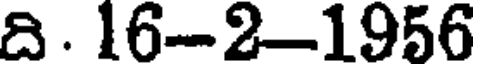
ది . 16-2-1956